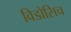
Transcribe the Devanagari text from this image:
विडोसिच